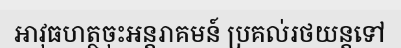
អាវុធហត្ថចុះអន្តរាគមន៍ ប្រគល់រថយន្តទៅ